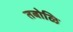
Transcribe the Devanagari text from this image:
तबोळि